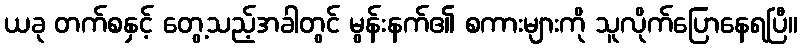
ယခု တက်စနှင့် တွေ့သည့်အခါတွင် မွန်းနက်၏ စကားများကို သူလိုက်ပြောနေရပြီ။